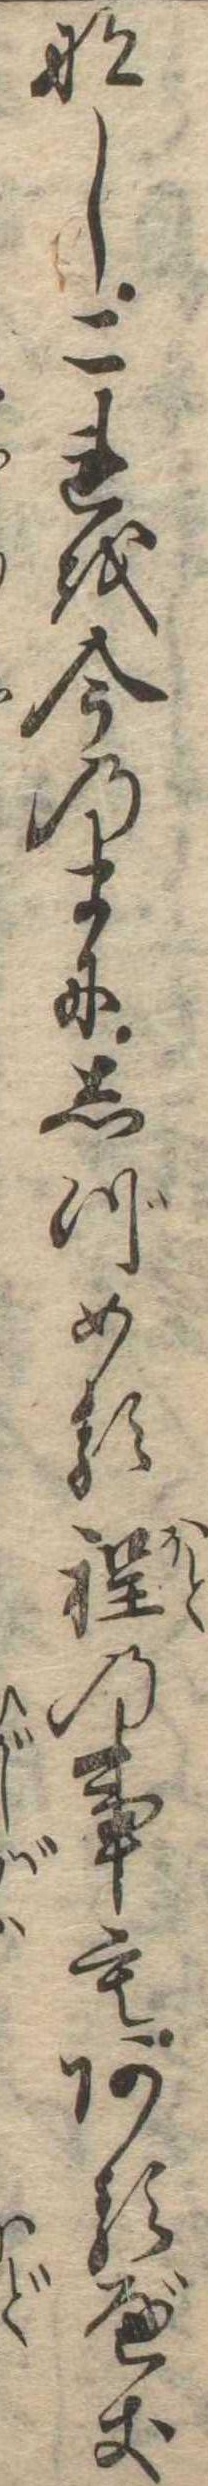
なしこれを今のまにしづめる程の事もあるべき